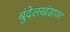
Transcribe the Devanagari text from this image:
बुंदेलखंडावर